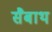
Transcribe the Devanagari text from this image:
सैबाथ